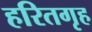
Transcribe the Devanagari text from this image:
हरितगृह